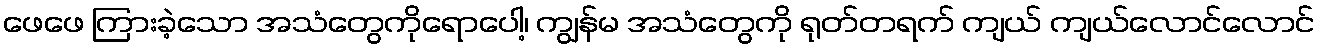
ဖေဖေ ကြားခဲ့သော အသံတွေကိုရောပေါ့၊ ကျွန်မ အသံတွေကို ရုတ်တရက် ကျယ် ကျယ်လောင်လောင်